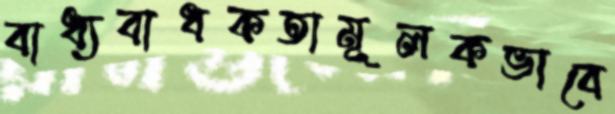
বাধ্যবাধকতামূলকভাবে